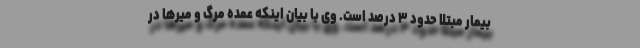
بیمار مبتلا حدود ۳ درصد است. وی با بیان اینکه عمده مرگ و میرها در